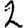
Digit: 2